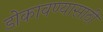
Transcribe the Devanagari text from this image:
डोकावण्यासाठी